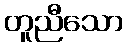
တူညီသော